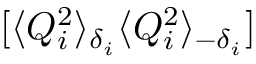
[ \langle Q _ { i } ^ { 2 } \rangle _ { \delta _ { i } } \langle Q _ { i } ^ { 2 } \rangle _ { - \delta _ { i } } ]